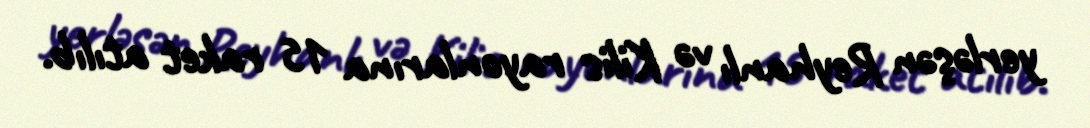
yerləşən Reyhanlı və Kilis rayonlarına 15 raket atılıb.